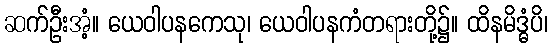
ဆက်ဦးအံ့။ ယေဝါပနကေသု၊ ယေဝါပနကံတရားတို့၌။ ထိနမိဒ္ဓံပိ၊